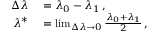
\begin{array} { r l } { \Delta \lambda } & { { } = \lambda _ { 0 } - \lambda _ { 1 } \, , } \\ { \lambda ^ { * } } & { { } = \operatorname* { l i m } _ { \Delta \lambda \rightarrow 0 } \frac { \lambda _ { 0 } + \lambda _ { 1 } } { 2 } \, , } \end{array}